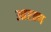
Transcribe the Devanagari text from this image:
आरक्ष्ण